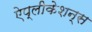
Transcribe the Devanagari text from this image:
ऐप्लीकेशन्स